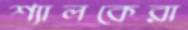
শ্যালকেরা